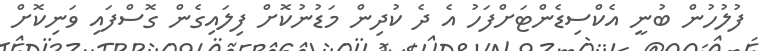
ފުލުހުން ބުނީ އެކްސިޑެންޓަށްފަހު އެ ދެ ކުދިން މަޑުނުކޮށް ފިލައިގެން ގޮސްފައި ވަނިކޮށް